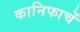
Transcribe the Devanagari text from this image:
कानिफाचें